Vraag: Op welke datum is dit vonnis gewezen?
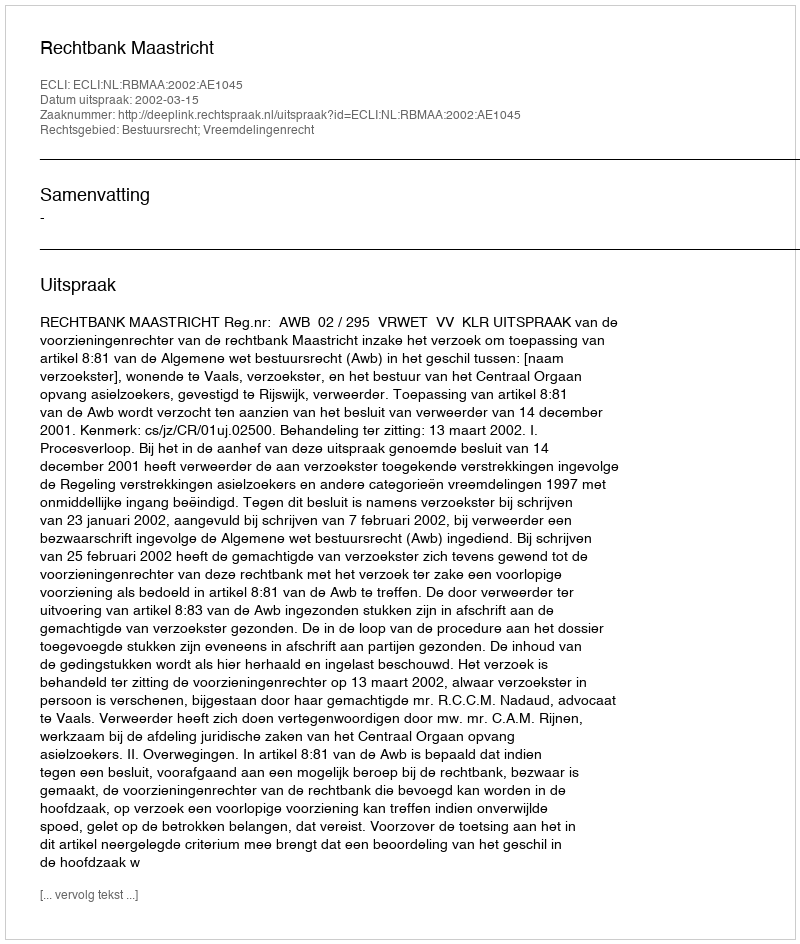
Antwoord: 2002-03-15